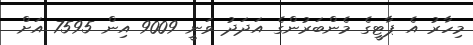
މިހާރު އެ ޕާޓީގެ މެންބަރުންގެ އަދަދު ވަނީ 9009 އިން 7595 އަށް